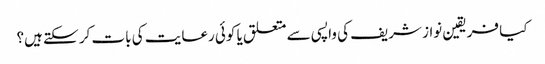
کیا فریقین نواز شریف کی واپسی سے متعلق یا کوئی رعایت کی بات کر سکتے ہیں؟